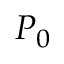
P _ { 0 }